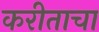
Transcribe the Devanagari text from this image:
करीताचा